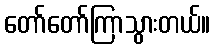
တော်တော်ကြာသွားတယ်။